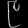
Digit: ၉